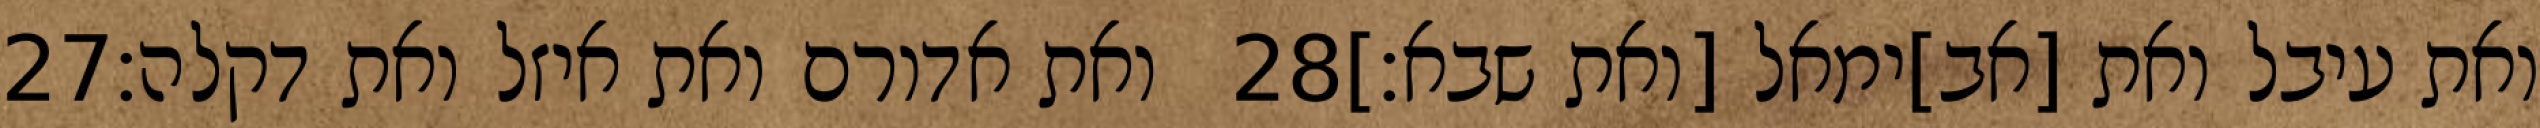
‎27‏ ואת אדורם ואת איזל ואת דקלה׃ ‎28‏ ואת עיבל ואת [אב]ימאל [ואת שבא׃]